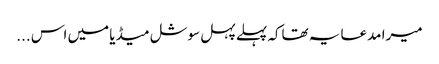
میرا مدعا یہ تھاکہ پہلے پہل سوشل میڈیا میں اس ...